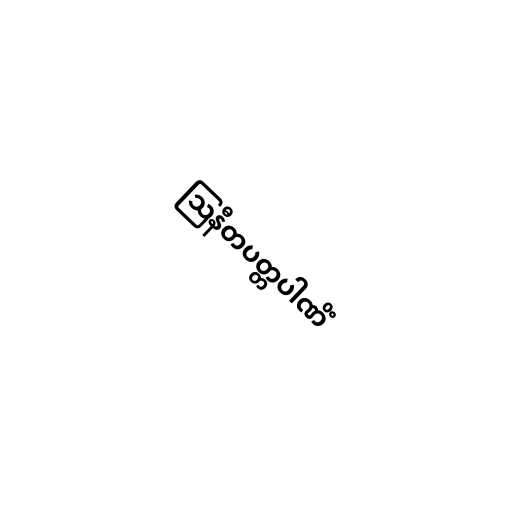
ဩနီတပတ္တပါဏိံ